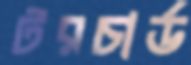
টরচার্ড